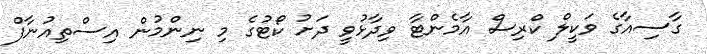
ގާސިއާގެ ވަކީލް ކްރިސް އާމެންޓާ ވިދާޅުވީ ދަށު ކޯޓުގެ މި ނިންމުން އިސްތިއުނާފް